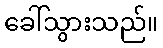
ခေါ်သွားသည်။